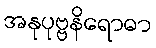
အနုပုဗ္ဗနိရောဓာ